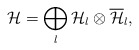
\begin{align*}{\cal H} =\bigoplus_{l} {\cal H}_{l} \otimes \overline{\cal H}_{l},\end{align*}